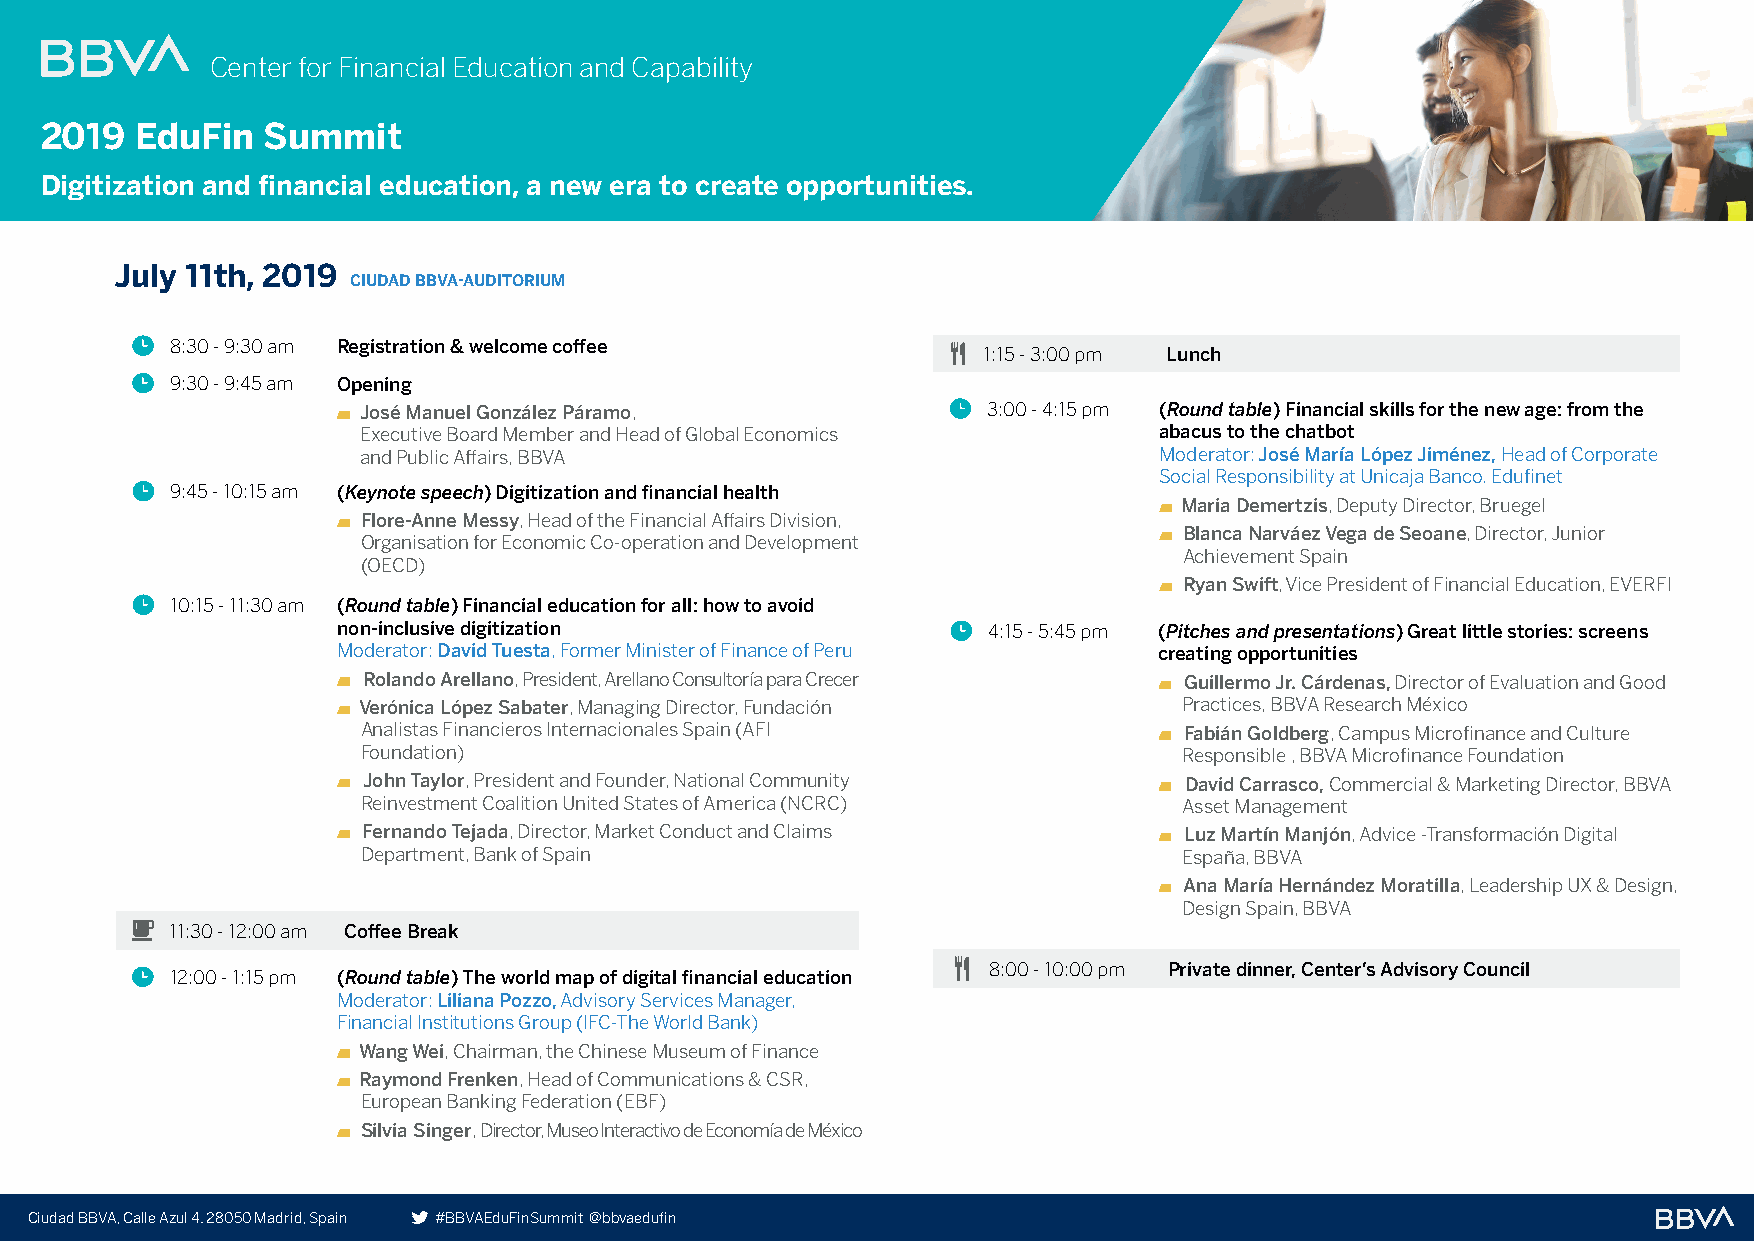
Center for Financial Education and Capability
 2019  EduFin  Summit
 EduFin   Summit     2019
 Digitization and financial education, a new era to create opportunities.
 July 11th, 2019
 CIUDAD BBVA-AUDITORIUM
 8:30 - 9:30 am Registration & welcome coffee
 1:15 - 3:00 pm Lunch
 9:30 - 9:45 am Opening
 José Manuel González Páramo,             3:00 - 4:15 pm (Round table) Financial skills for the new age: from the
 Executive Board Member and Head of Global Economics  abacus to the chatbot
 and Public Affairs, BBVA                             Moderator: José María López Jiménez, Head of Corporate
 Social Responsibility at Unicaja Banco. Edufinet
 9:45 - 10:15 am (Keynote speech) Digitization and financial health
 Maria Demertzis, Deputy Director, Bruegel
 Flore-Anne Messy, Head of the Financial Affairs Division,
 Blanca Narváez Vega de Seoane, Director, Junior
 Organisation for Economic Co-operation and Development
 Achievement Spain
 (OECD)
 Ryan Swift, Vice President of Financial Education, EVERFI
 10:15 - 11:30 am (Round table) Financial education for all: how to avoid
 non-inclusive digitization                 4:15 - 5:45 pm (Pitches and presentations) Great little stories: screens
 Moderator: David Tuesta, Former Minister of Finance of Peru creating opportunities
 Rolando Arellano, President, Arellano Consultoría para Crecer Guillermo Jr. Cárdenas, Director of Evaluation and Good
 Verónica López Sabater, Managing Director, Fundación  Practices, BBVA Research México
 Analistas Financieros Internacionales Spain (AFI      Fabián Goldberg, Campus Microfinance and Culture
 Foundation)                                           Responsible , BBVA Microfinance Foundation
 John Taylor, President and Founder, National Community David Carrasco, Commercial & Marketing Director, BBVA
 Reinvestment Coalition United States of America (NCRC) Asset Management
 Fernando Tejada, Director, Market Conduct and Claims  Luz Martín Manjón, Advice -Transformación Digital
 Department, Bank of Spain                             España, BBVA
 Ana María Hernández Moratilla, Leadership UX & Design,
 Design Spain, BBVA
 11:30 - 12:00 am Coffee Break
 8:00 - 10:00 pm Private dinner, Center’s Advisory Council
 12:00 - 1:15 pm (Round table) The world map of digital financial education
 Moderator: Liliana Pozzo, Advisory Services Manager,
 Financial Institutions Group (IFC-The World Bank)
 Wang Wei, Chairman, the Chinese Museum of Finance
 Raymond Frenken, Head of Communications & CSR,
 European Banking Federation (EBF)
 Silvia Singer, Director, Museo Interactivo de Economía de México
 Ciudad BBVA, Calle Azul 4. 28050 Madrid, Spain #BBVAEduFinSummit @bbvaedufin                          An initiative by